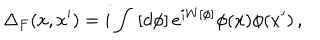
LaTeX: \Delta _ { F } ( x , x ^ { \prime } ) = i \int \, \left[ d \phi \right] e ^ { i W [ \phi ] } \phi ( x ) \phi ( x ^ { \prime } ) \, ,